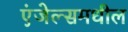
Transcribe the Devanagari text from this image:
एंजेल्समधील